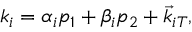
k _ { i } = \alpha _ { i } p _ { 1 } + \beta _ { i } p _ { 2 } + \vec { k } _ { i T } ,